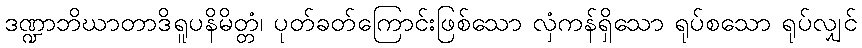
ဒဏ္ဍာဘိဃာတာဒိရူပနိမိတ္တံ၊ ပုတ်ခတ်ကြောင်းဖြစ်သော လှံကန်ရှိသော ရုပ်စသော ရုပ်လျှင်